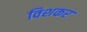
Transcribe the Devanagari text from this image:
विशकर